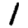
Digit: 1